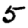
Digit: 5